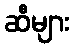
ဆီများ